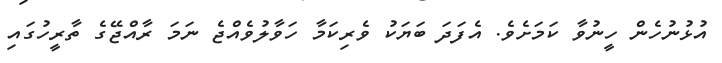
އުޅުނުހެން ހީނުވާ ކަމަށެވެ. އެފަދަ ބަޔަކު ވެރިކަމާ ހަވާލުވެއްޖެ ނަމަ ރާއްޖޭގެ ތާރީހުގައި